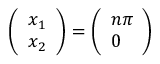
\left( { \begin{array} { l } { x _ { 1 } } \\ { x _ { 2 } } \end{array} } \right) = \left( { \begin{array} { l } { n \pi } \\ { 0 } \end{array} } \right)